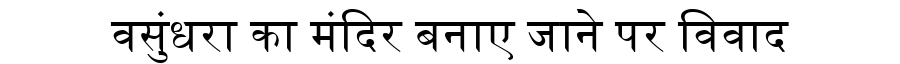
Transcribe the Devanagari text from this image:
वसुंधरा का मंदिर बनाए जाने पर विवाद